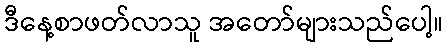
ဒီနေ့စာဖတ်လာသူ အတော်များသည်ပေါ့။